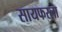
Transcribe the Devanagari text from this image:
सायफरला